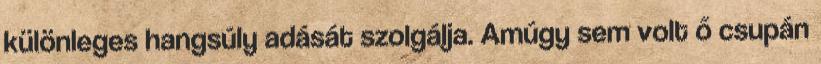
különleges hangsúly adását szolgálja. Amúgy sem volt ő csupán